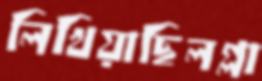
লিখিয়াছিলগ্লা